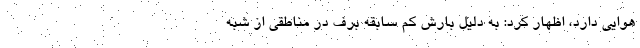
هوایی دارد، اظهار کرد: به دلیل بارش کم سابقه برف در مناطقی از شبه